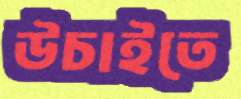
উচাইতে